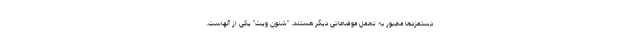
دستمزدها مجبور به تحمل موضاعاتی دیگر هستند. "شنون ویت" یکی از آنهاست.